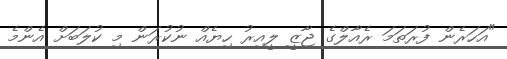
"އަހަރެން ފުރަތަމަ ރެއާލްގެ ޖާޒީ ލީއިރު ހިޔެއް ނުކުރަން މި ކުލަބަށް އެންމެ